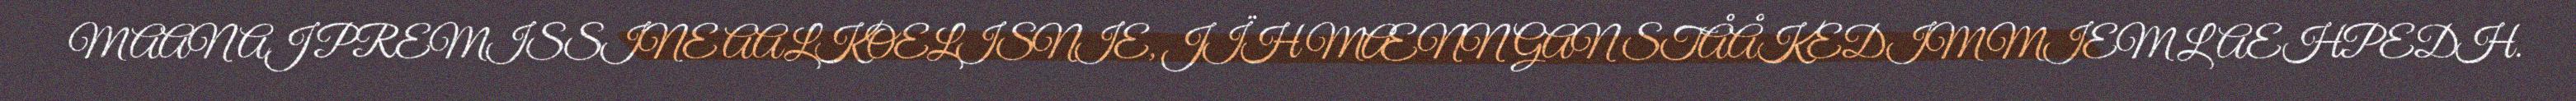
MAANAJ PREMISSINE AALKOELISNIE, JÏH MÆNNGAN STÅÅKEDIMMIEM LAEHPEDH.